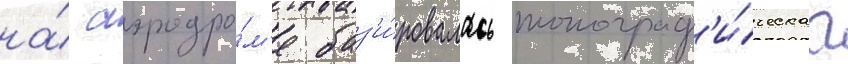
на́ аэродро́м'е баз'и́ровалась топограф'и́ческаа